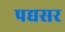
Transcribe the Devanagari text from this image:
पद्यसर